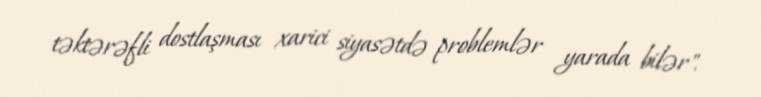
təktərəfli dostlaşması xarici siyasətdə problemlər yarada bilər".